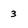
Character: 3